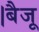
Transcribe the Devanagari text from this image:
।बैजू